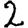
Digit: 2